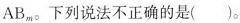
AB_{m}。 下列说法不正确的是()。